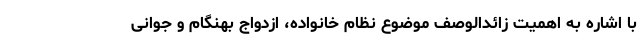
با اشاره به اهمیت زائدالوصف موضوع نظام خانواده، ازدواج بهنگام و جوانی